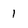
Character: 1